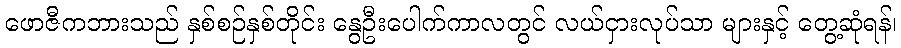
ဖောဇီကဘားသည် နှစ်စဉ်နှစ်တိုင်း နွေဦးပေါက်ကာလတွင် လယ်ငှားလုပ်သာ များနှင့် တွေ့ဆုံရန်၊